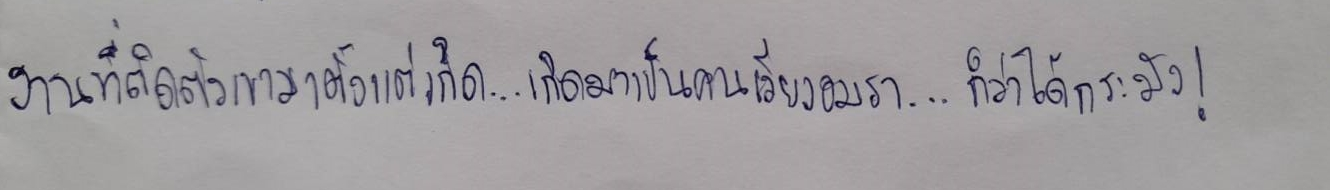
งานที่ติดตัวเขามาตั้งแต่เกิด...เกิดมาเป็นคนเวียงอมรา...ก็ว่าได้กระมัง!